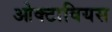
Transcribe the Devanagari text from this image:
ओक्टावियस